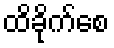
ထိခိုက်စေ